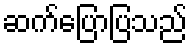
ဆက်ပြောပြသည်